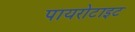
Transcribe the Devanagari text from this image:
पायरोटाइट